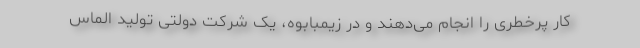
کار پرخطری را انجام می‌دهند و در زیمبابوه، یک شرکت دولتی تولید الماس